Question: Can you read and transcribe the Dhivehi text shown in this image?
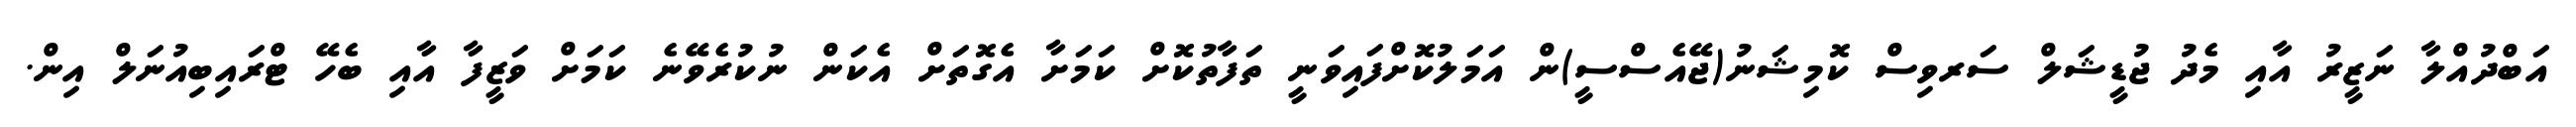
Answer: އަބްދުއްލާ ނަޒީރު އާއި މެދު ޖުޑީޝަލް ސަރވިސް ކޮމިޝަނު(ޖޭއެސްސީ)ން އަމަލުކޮށްފައިވަނީ ތަފާތުކޮށް ކަމަށާ އެގޮތަށް އެކަން ނުކުރެވޭނެ ކަމަށް ވަޒީފާ އާއި ބެހޭ ޓްރައިބިއުނަލް އިން.